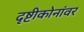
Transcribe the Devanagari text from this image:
दृष्टीकोनांवर